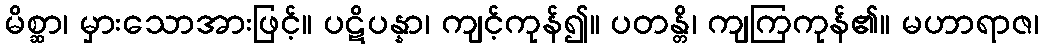
မိစ္ဆာ၊ မှားသောအားဖြင့်။ ပဋိပန္နာ၊ ကျင့်ကုန်၍။ ပတန္တိ၊ ကျကြကုန်၏။ မဟာရာဇ၊